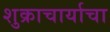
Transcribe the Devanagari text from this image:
शुक्राचार्याचा